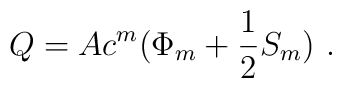
Q = A c^{m} (\Phi_{m} + \frac{1}{2} S_{m})~.